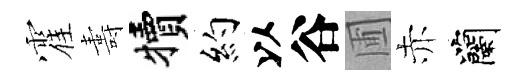
霍夀犢約以谷圃赤蘭